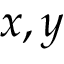
x , y